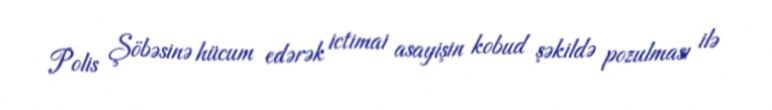
Polis Şöbəsinə hücum edərək ictimai asayişin kobud şəkildə pozulması ilə